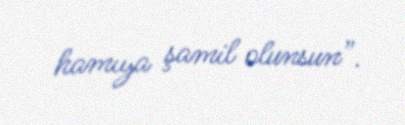
hamıya şamil olunsun”.